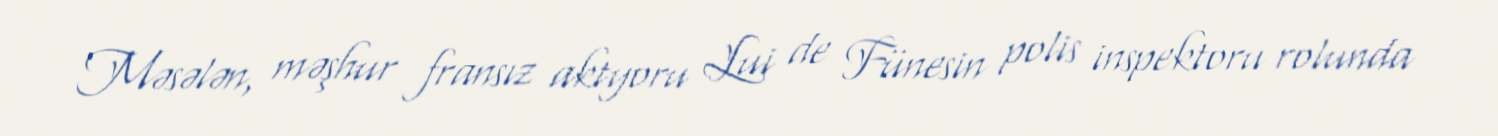
Məsələn, məşhur fransız aktyoru Lui de Fünesin polis inspektoru rolunda